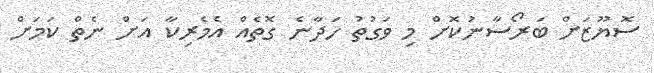
ސޮޔޫޒަށް ބަރޯސާނުކޮށް މި ވަގުތު ހަދާނެ ގޮތެއް އެމެރިކާ އަށް ނެތް ކަމަށް